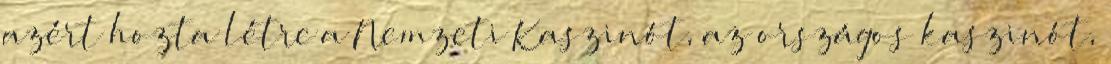
azért hozta létre a Nemzeti Kaszinót, az országos kaszinót,